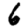
Digit: 6